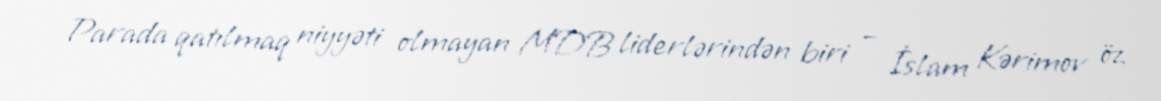
Parada qatılmaq niyyəti olmayan MDB liderlərindən biri – İslam Kərimov öz